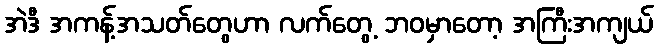
အဲဒီ အကန့်အသတ်တွေဟာ လက်တွေ့ ဘဝမှာတော့ အကြီးအကျယ်